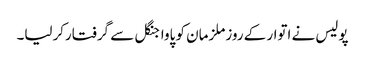
پولیس نے اتوار کے روزملزمان کو پاواجنگل سے گرفتارکرلیا۔